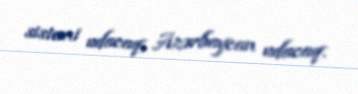
sistemi udacaq, Azərbaycan udacaq.